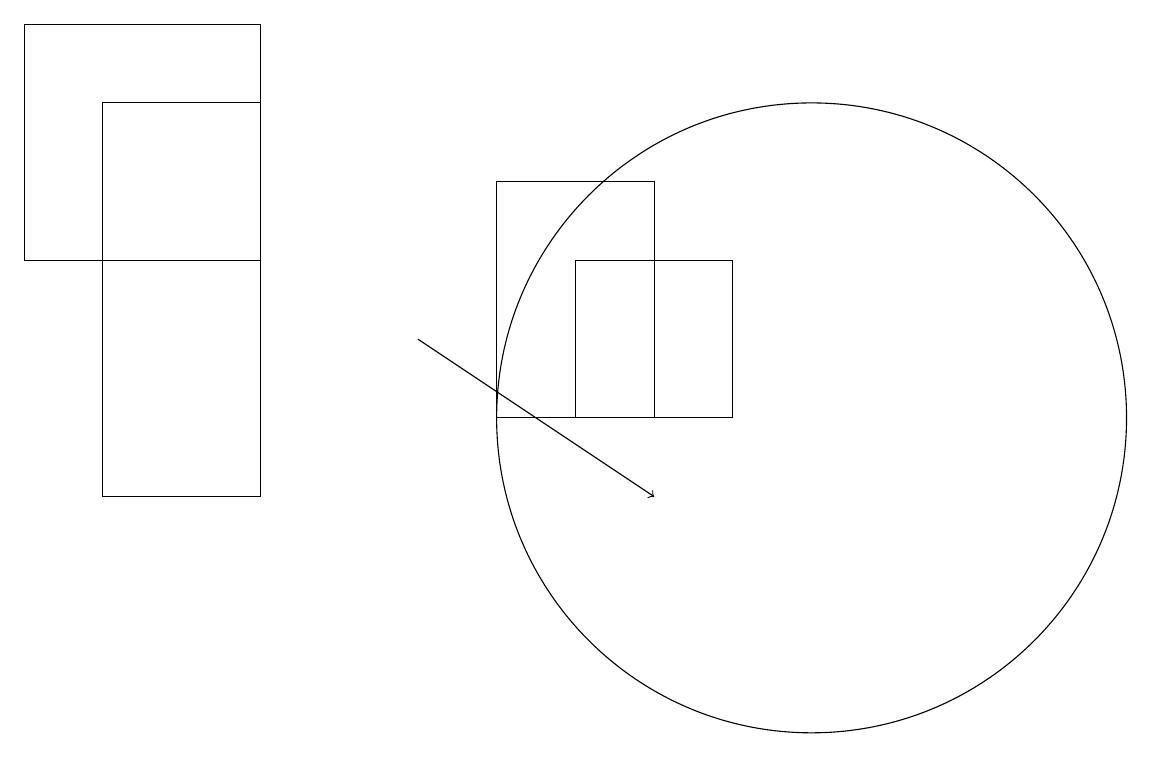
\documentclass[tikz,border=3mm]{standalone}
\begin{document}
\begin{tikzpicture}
\draw (9,12) rectangle (7,14);
\draw (8,15) rectangle (6,12);
\draw[->] (5,13) -- (8,11);
\draw (1,16) rectangle (3,11);
\draw (0,17) rectangle (3,14);
\draw (10,12) circle (4);
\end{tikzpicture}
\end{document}